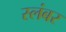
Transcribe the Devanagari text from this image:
स्लंबर